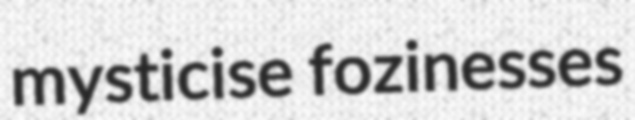
mysticise fozinesses